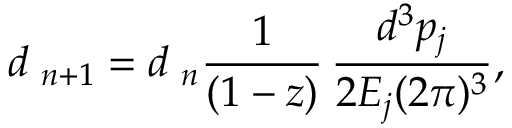
d { \bf \Phi } _ { n + 1 } = d { \bf \Phi } _ { n } \frac 1 { ( 1 - z ) } \, \frac { d ^ { 3 } p _ { j } } { 2 E _ { j } ( 2 \pi ) ^ { 3 } } ,